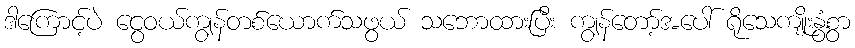
ဒါကြောင့်ပဲ ငွေဝယ်ကျွန်တစ်ယောက်သဖွယ် သဘောထားပြီး ကျွန်တော့်အပေါ် ရိုသေကျိုးနွံစွာ